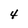
Character: 4